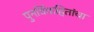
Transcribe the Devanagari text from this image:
पुनर्विवाहितांचा